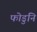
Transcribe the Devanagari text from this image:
फोडुनि